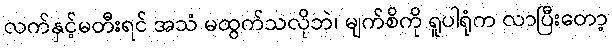
လက်နှင့်မတီးရင် အသံ မထွက်သလိုဘဲ၊ မျက်စိကို ရူပါရုံက လာပြီးတော့